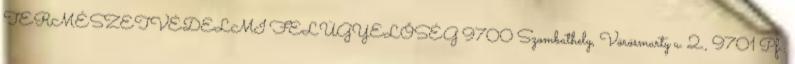
TERMÉSZETVÉDELMI FELÜGYELŐSÉG 9700 Szombathely, Vörösmarty u. 2., 9701 Pf.: